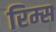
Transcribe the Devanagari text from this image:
रिम्स